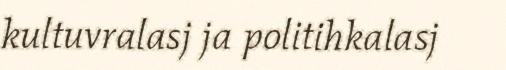
kultuvralasj ja politihkalasj